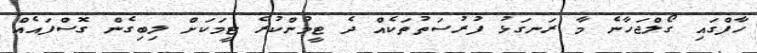
ހާފްގައި ގޯލްޖަހާނެ މާ ރަނގަޅު ފުރުސަތުތަކެއް ދެ ޓީމުންކުރެ ޓީމަކަށް ލިބިގެން ގޮސްފައެއް